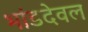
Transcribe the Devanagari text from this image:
भांडदेवल